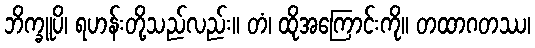
ဘိက္ခူပိ၊ ရဟန်းတို့သည်လည်း။ တံ၊ ထိုအကြောင်းကို။ တထာဂတဿ၊